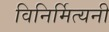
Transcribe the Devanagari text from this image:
विनिर्मित्यनी